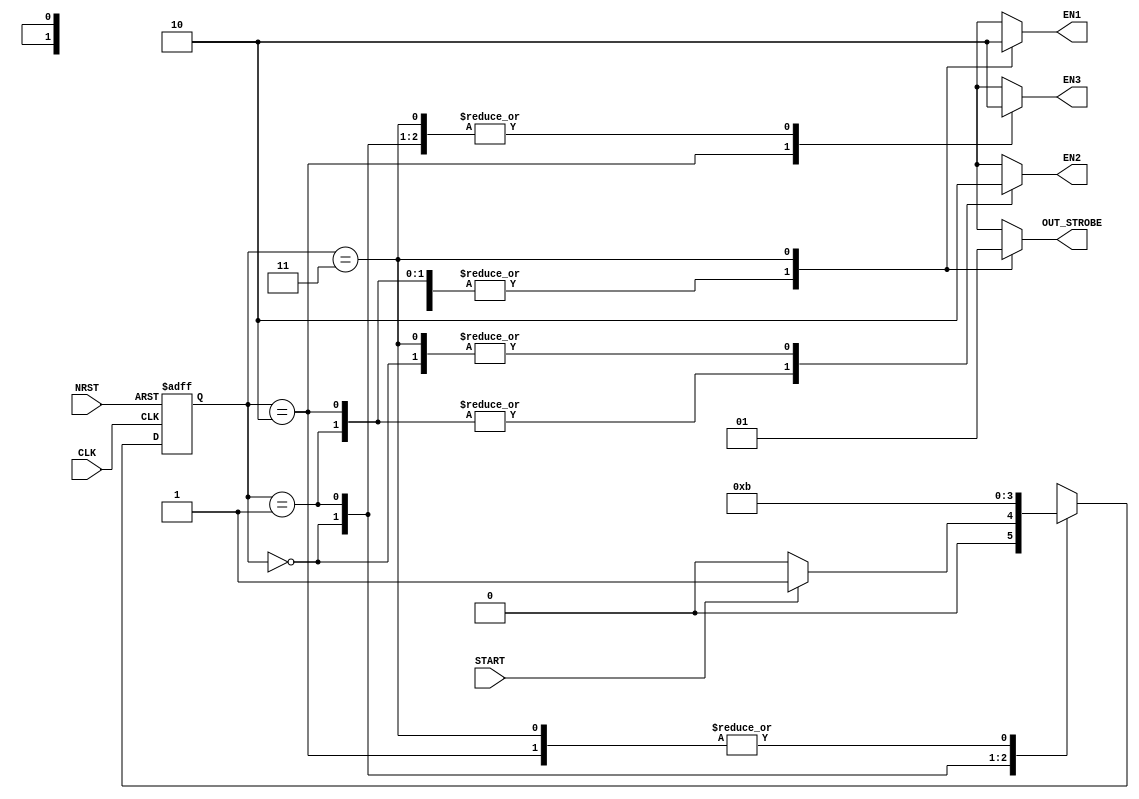
module FSM(
    input wire  CLK,
    input wire  START,
    input wire  NRST,
    output reg  EN1,
    output reg  EN2,
    output reg  EN3,
    output reg  OUT_STROBE
);

//State Definition
parameter IDLE  = 2'b00;
parameter C0    = 2'b01;
parameter C1    = 2'b10;
parameter STOP  = 2'b11;
reg     [1:0]   state;

//State Transition
always @(posedge CLK or negedge NRST) begin
    if(!NRST)   state <= IDLE;
    else case(state)
        IDLE:   if(START)   state   <= C0;
                else        state   <= IDLE;
        C0:                 state   <= C1;
        C1:                 state   <= STOP;
        STOP:               state   <= STOP;
    endcase
end

//Combinational logics
always @(*) begin
    case(state)
        IDLE:   begin       EN1         <= 1'b1;
                            EN2         <= 1'b0;
                            EN3         <= 1'b0;
                            OUT_STROBE  <= 1'b0;
        end
        C0:     begin       EN1         <= 1'b1;
                            EN2         <= 1'b1;
                            EN3         <= 1'b0;
                            OUT_STROBE  <= 1'b0;
        end
        C1:     begin       EN1         <= 1'b1;
                            EN2         <= 1'b1;
                            EN3         <= 1'b1;
                            OUT_STROBE  <= 1'b0;
        end
        STOP:   begin       EN1         <= 1'b0;
                            EN2         <= 1'b0;
                            EN3         <= 1'b0;
                            OUT_STROBE  <= 1'b1;
        end
    endcase
end
endmodule